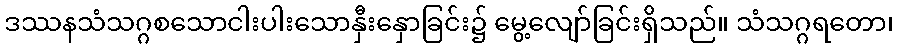
ဒဿနသံသဂ္ဂစသောငါးပါးသောနှီးနှောခြင်း၌ မွေ့လျော်ခြင်းရှိသည်။ သံသဂ္ဂရတော၊